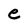
Character: e